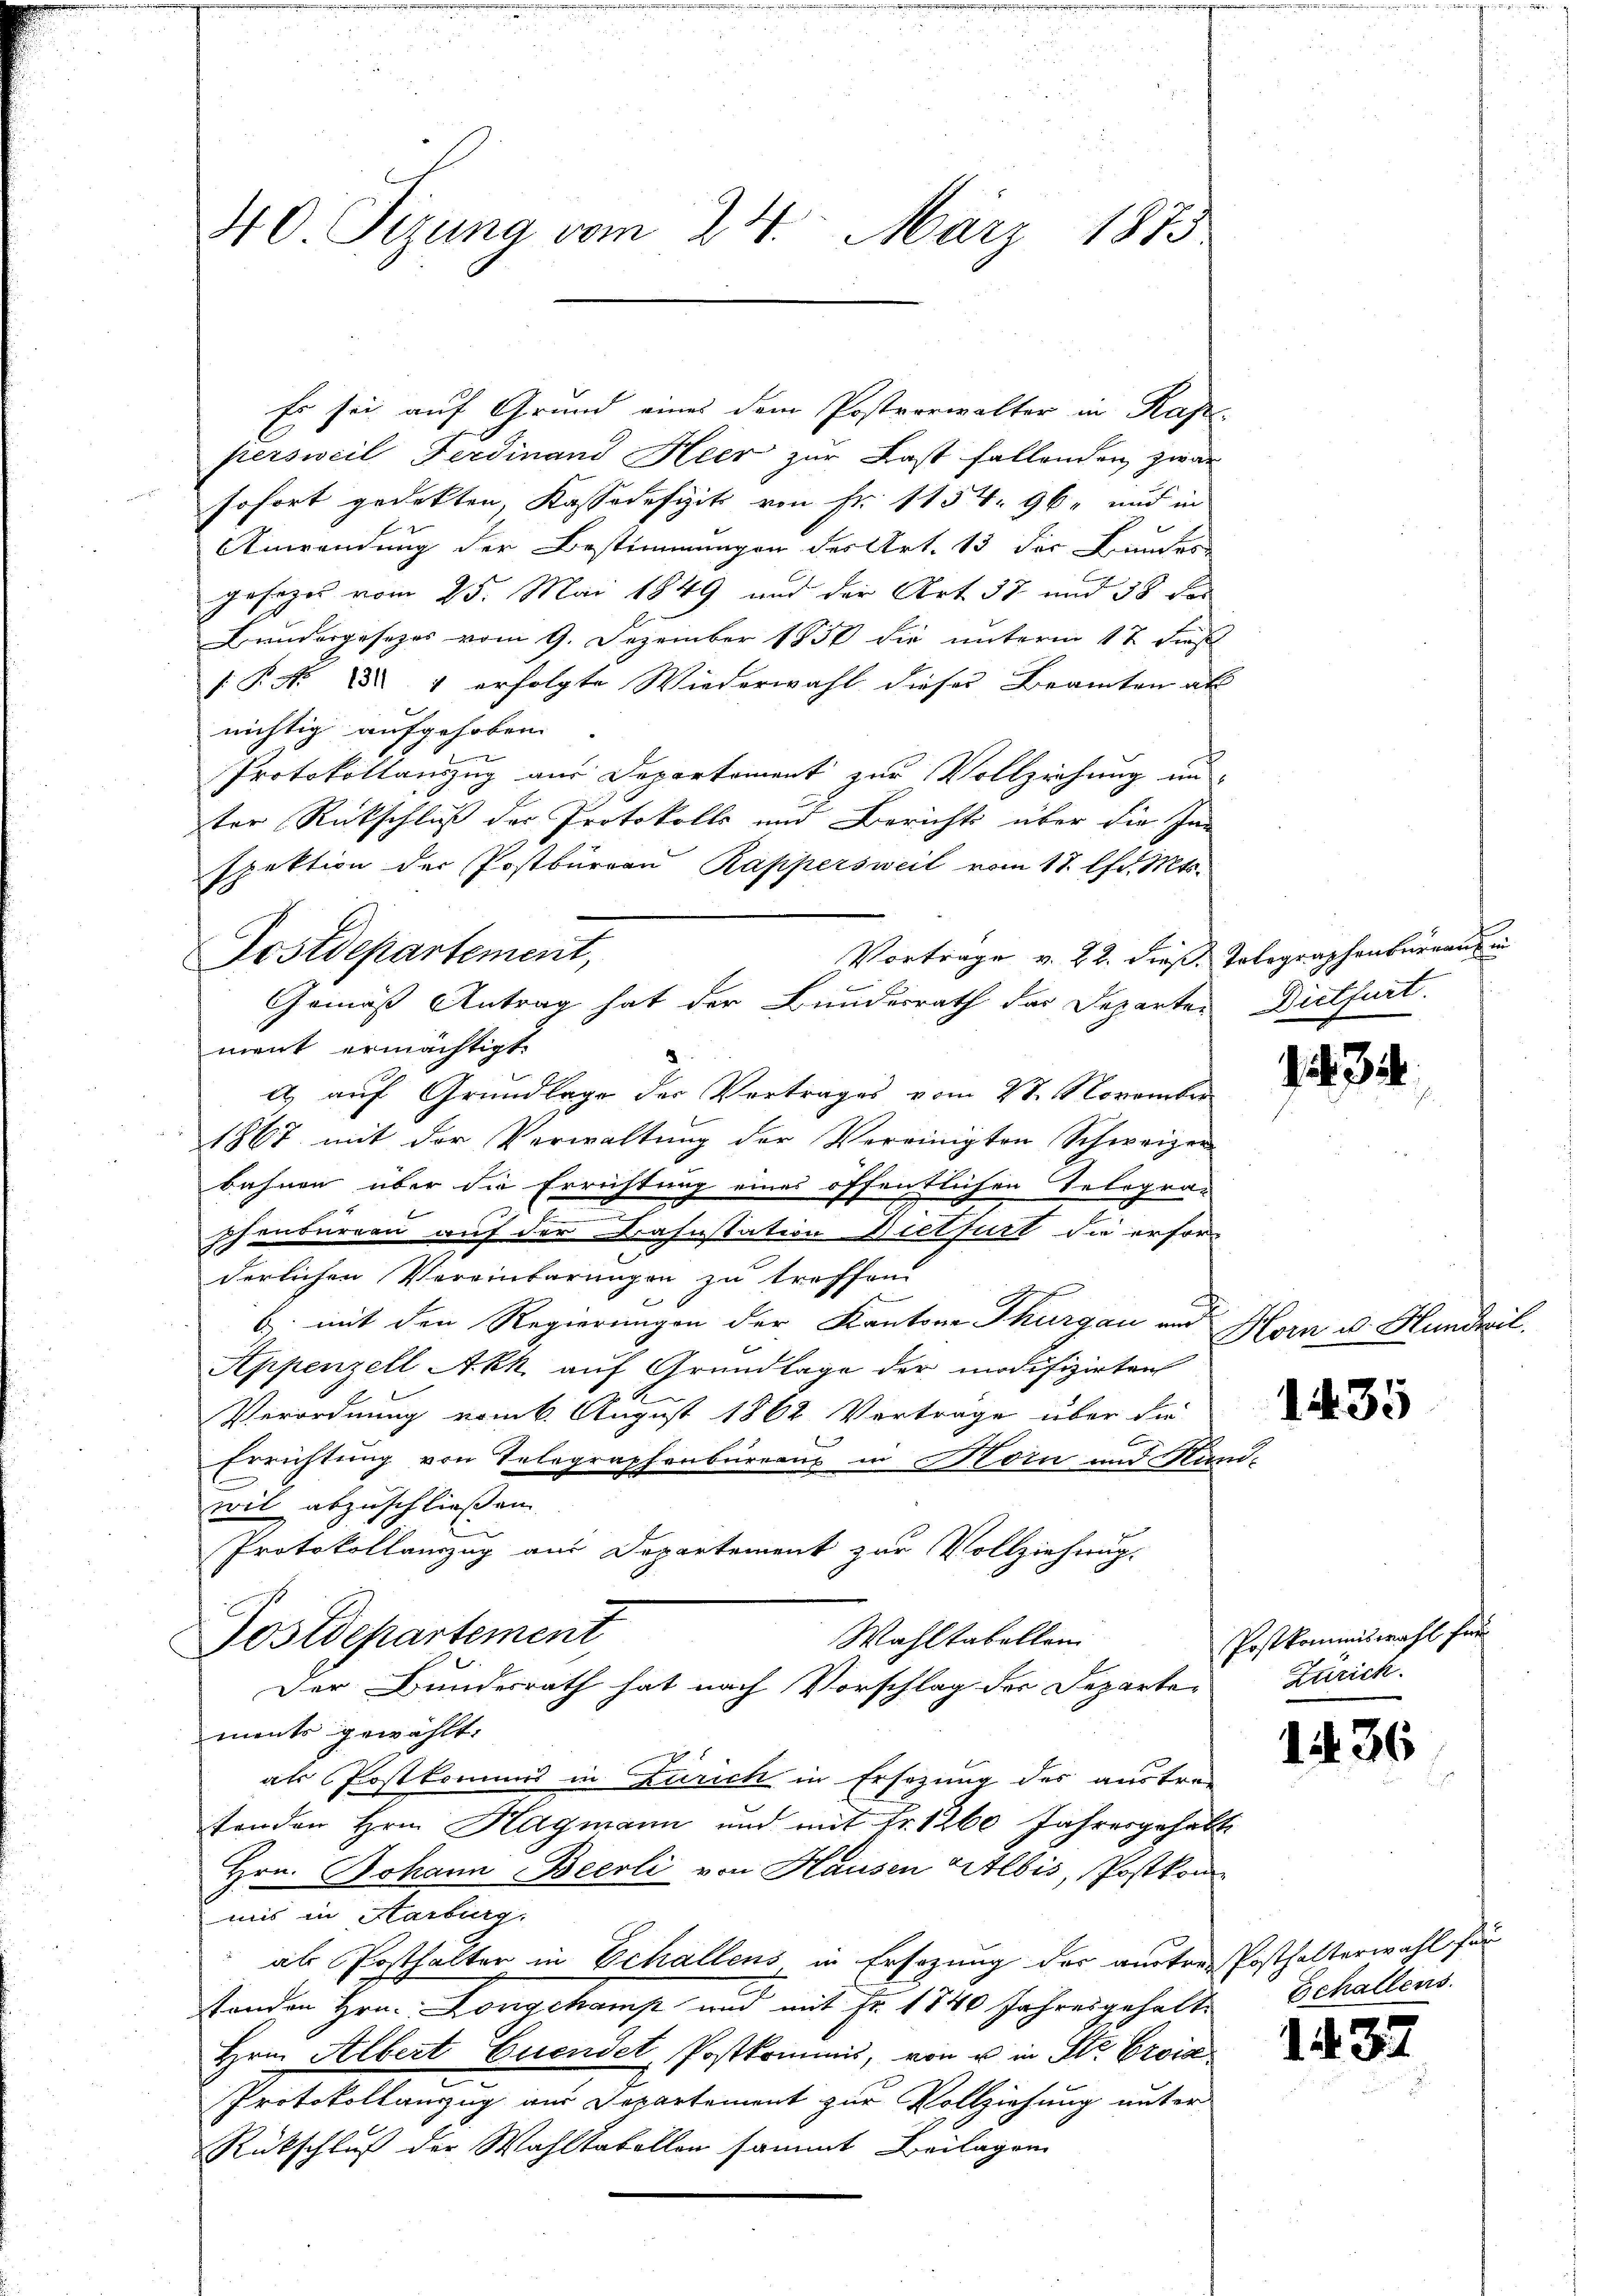
40 Sizung vom 24. März 1875

Postdepartement,
Gemäß Antrag hat der Bundesrath der Departen Dietfurt.

Es sei auf Grund eines dem Postverwalter in Kappersweil Ferdinand Heer zur Last fallenden zwar
sofort gedekten, Kassadefizit von Fr. 1154. 96. und in
Anwendung der Bestimmungen des Art. 13 der Lindes
gesezes vom 25. Mai 1849 und der Art. 37 und 38 des
Bundergesezes vom 9. Dezember 1850 die unterm 17 Fuß
s: P. Nr. 151 erfolgte Wiederwahl dieser Beamten al
richtig aufgehoben
Protokollanzug aus Departement zur Vollziehung un
ster Rückschluß des Protokolls und Berichts über die Inn
spektion der Postbüreau Rappersweil vom 18. lfd. Mts.
Vortrage v. 22. dieß Telegraphenbernau in
ment ermächtigt.
2.
e) auf Grundlage der Vertrages vom 28. November
1867 mit der Verwaltung der Vereinigten Schweizer
bahnen über die Errichtung eines öffentlichen Selogra-
phenburren auf der Bahnstation Bietfurt die erfor-
derlichen Vereinbarungen zu treffend
b. mit den Regierungen der Kantone Thurgau und
Appenzell Akk auf Grundlage der modifizirten
Verordnung vom 6. August 1862 Verträge über die
Errichtung von Selographenbureaus in Horn und Ni
wil abzuschließen.
Protokollauszug aus Departement zur Vollziehung.
Wahltabellen.
Postdepartement
Der Bundesrath hat nach Vorschlag der Departe Zürich.
ments gewählt.
als Postkomms in Zürich in Ersezung des austre-
tenden Hrn. Hagmann und mit Fr. 1260 Jahresgehalt
Hrn. Johann Beerli von Hausen Albis, Postkom-
mis in Karburg.
als Posthalter in Echallens in Ersezung des autres Posthalterwahl für
enden Hrn. Longekamp und mit Fr. 1840 Jahresgehalte
Hrn. Albert Euendet Postkommis, von u in St. Orvia
Protokollanzug aus Departement zur Vollziehung unter-
Rückschluß der Wahltabellen sammt Beilagen

t

3

Horn u. Hundwil.

1435

Postkommiswahl für

1436

Echallens.

1437